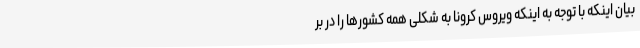
بیان اینکه با توجه به اینکه ویروس کرونا به شکلی همه کشورها را در بر